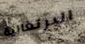
البرتغالية